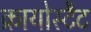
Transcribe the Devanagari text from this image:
क्रायोस्टैट